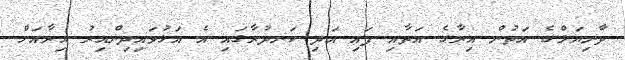
ދާނިޔަލްގެ އަތުން އިރާގެ އަތާއި ފައި އަދި ކަނދުރާގައި އެ އަޅުވައިދިންއިރު އިރާއަށް